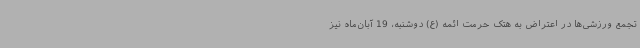
تجمع ورزشی‌ها در اعتراض به هتک حرمت ائمه (ع) دوشنبه، 19 آبان‌ماه نیز